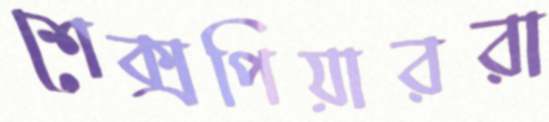
শেক্সপিয়াররা